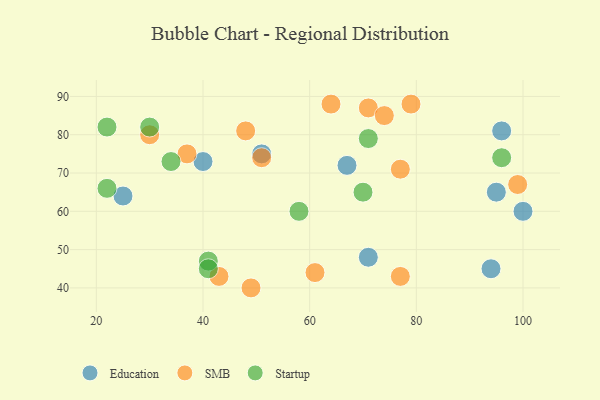
{"axis": {"x": "GDP", "y": "Life Expectancy"}, "legend": ["Education", "SMB", "Startup"], "data": [{"x": "51", "y": 75, "type": "Education"}, {"x": "96", "y": 81, "type": "Education"}, {"x": "67", "y": 72, "type": "Education"}, {"x": "94", "y": 45, "type": "Education"}, {"x": "71", "y": 48, "type": "Education"}, {"x": "40", "y": 73, "type": "Education"}, {"x": "95", "y": 65, "type": "Education"}, {"x": "25", "y": 64, "type": "Education"}, {"x": "100", "y": 60, "type": "Education"}, {"x": "64", "y": 88, "type": "SMB"}, {"x": "48", "y": 81, "type": "SMB"}, {"x": "30", "y": 80, "type": "SMB"}, {"x": "51", "y": 74, "type": "SMB"}, {"x": "71", "y": 87, "type": "SMB"}, {"x": "37", "y": 75, "type": "SMB"}, {"x": "77", "y": 71, "type": "SMB"}, {"x": "79", "y": 88, "type": "SMB"}, {"x": "43", "y": 43, "type": "SMB"}, {"x": "77", "y": 43, "type": "SMB"}, {"x": "99", "y": 67, "type": "SMB"}, {"x": "49", "y": 40, "type": "SMB"}, {"x": "61", "y": 44, "type": "SMB"}, {"x": "74", "y": 85, "type": "SMB"}, {"x": "22", "y": 82, "type": "Startup"}, {"x": "41", "y": 47, "type": "Startup"}, {"x": "22", "y": 66, "type": "Startup"}, {"x": "96", "y": 74, "type": "Startup"}, {"x": "58", "y": 60, "type": "Startup"}, {"x": "41", "y": 45, "type": "Startup"}, {"x": "71", "y": 79, "type": "Startup"}, {"x": "70", "y": 65, "type": "Startup"}, {"x": "30", "y": 82, "type": "Startup"}, {"x": "34", "y": 73, "type": "Startup"}]}